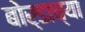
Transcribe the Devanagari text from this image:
बोर्डाच्‍या